Lunatic asylums United Prov. 1922-30 - 1922-1930
Year: 1922
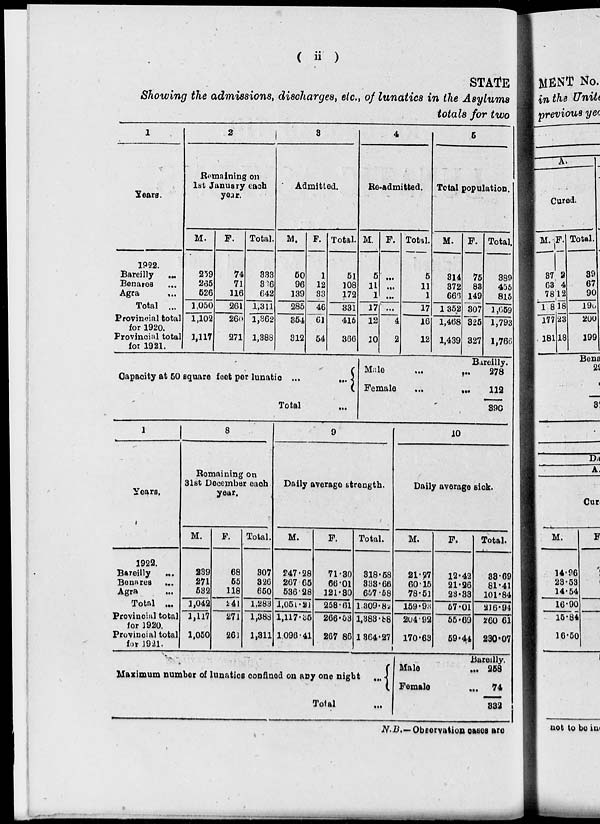
( ii )
STATE
Showing the admissions, discharges, etc., of lunatics in the Asylums
totals for two
1
Years.
1922.
Bareilly ...
Benares ...
Agra
...
Total ...
Provincial total
for 1920.
Provincial total
for 1921.
2
Remaining on
1st January each
year.
M.
259
265
526
1,050
1,102
1,117
F.
74
71
116
261
260
271
Total.
333
366
642
1,311
1,362
1,388
3
Admitted.
M.
50
96
139
285
354
312
F.
1
12
33
46
61
54
Total.
51
108
172
331
415
366
4
Re-admitted.
M.
5
11
1
17
12
10
F.
...
...
...
...
4
2
Total.
5
11
1
17
16
12
5
Total population.
M.
314
372
666
1,352
1,468
1,439
F.
75
83
149
307
325
327
Total.
389
455
815
1,659
1,793
1,766
Capacity at 50 square feet per lunatic ...
...
Total ...
Male
...
...
Female
...
...
Bareilly.
278
112
390
1
Years.
1922.
Bareilly
...
Benares ...
Agra
...
Total ...
Provincial total
for 1920.
Provincial total
for 1921.
8
Remaining on
31st December each
year.
M.
239
271
532
1,042
1,117
1,050
F.
68
55
118
241
271
261
Total.
307
326
650
1,283
1,388
1,311
9
Daily average strength.
M.
247.28
267.65
536.28
1,051.21
1,117.35
1,096 .41
F.
71.30
66.01
121.30
258.61
266.53
267.86
Total.
318.58
333.66
657.58
1,309. 82
1,383.88
1,364.27
10
Daily average sick.
M.
21.27
60.15
78.51
159.93
204.92
170.63
F.
12.42
21.26
23.33
57.01
55.69
59.44
Total.
33.69
81.41
101.84
216.94
260 61
230.07
Maximum number of lunatics confined on any one night
...
Total ...
Bareilly
Male
... 258
Female
... 74
332
N.B.—Observation cases are